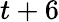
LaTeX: t+6